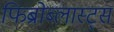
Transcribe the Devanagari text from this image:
फिब्रोब्लास्ट्स